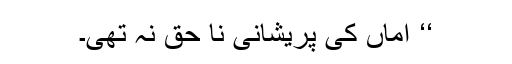
‘‘ اماں کی پریشانی نا حق نہ تھی۔